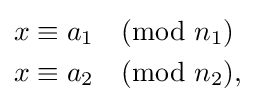
{\begin{aligned}x&\equiv a_{1}{\pmod {n_{1}}}\\x&\equiv a_{2}{\pmod {n_{2}}},\end{aligned}}